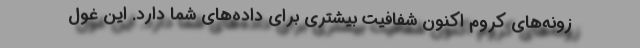
زونه‌های کروم اکنون شفافیت بیشتری برای داده‌های شما دارد. این غول